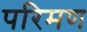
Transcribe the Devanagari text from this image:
परिमण